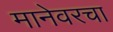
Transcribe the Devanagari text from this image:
मानेवरचा